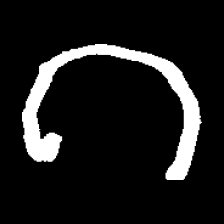
Pyu character \u2014 Myanmar letter: ဂ (romanized: ga)